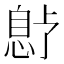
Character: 𫺱